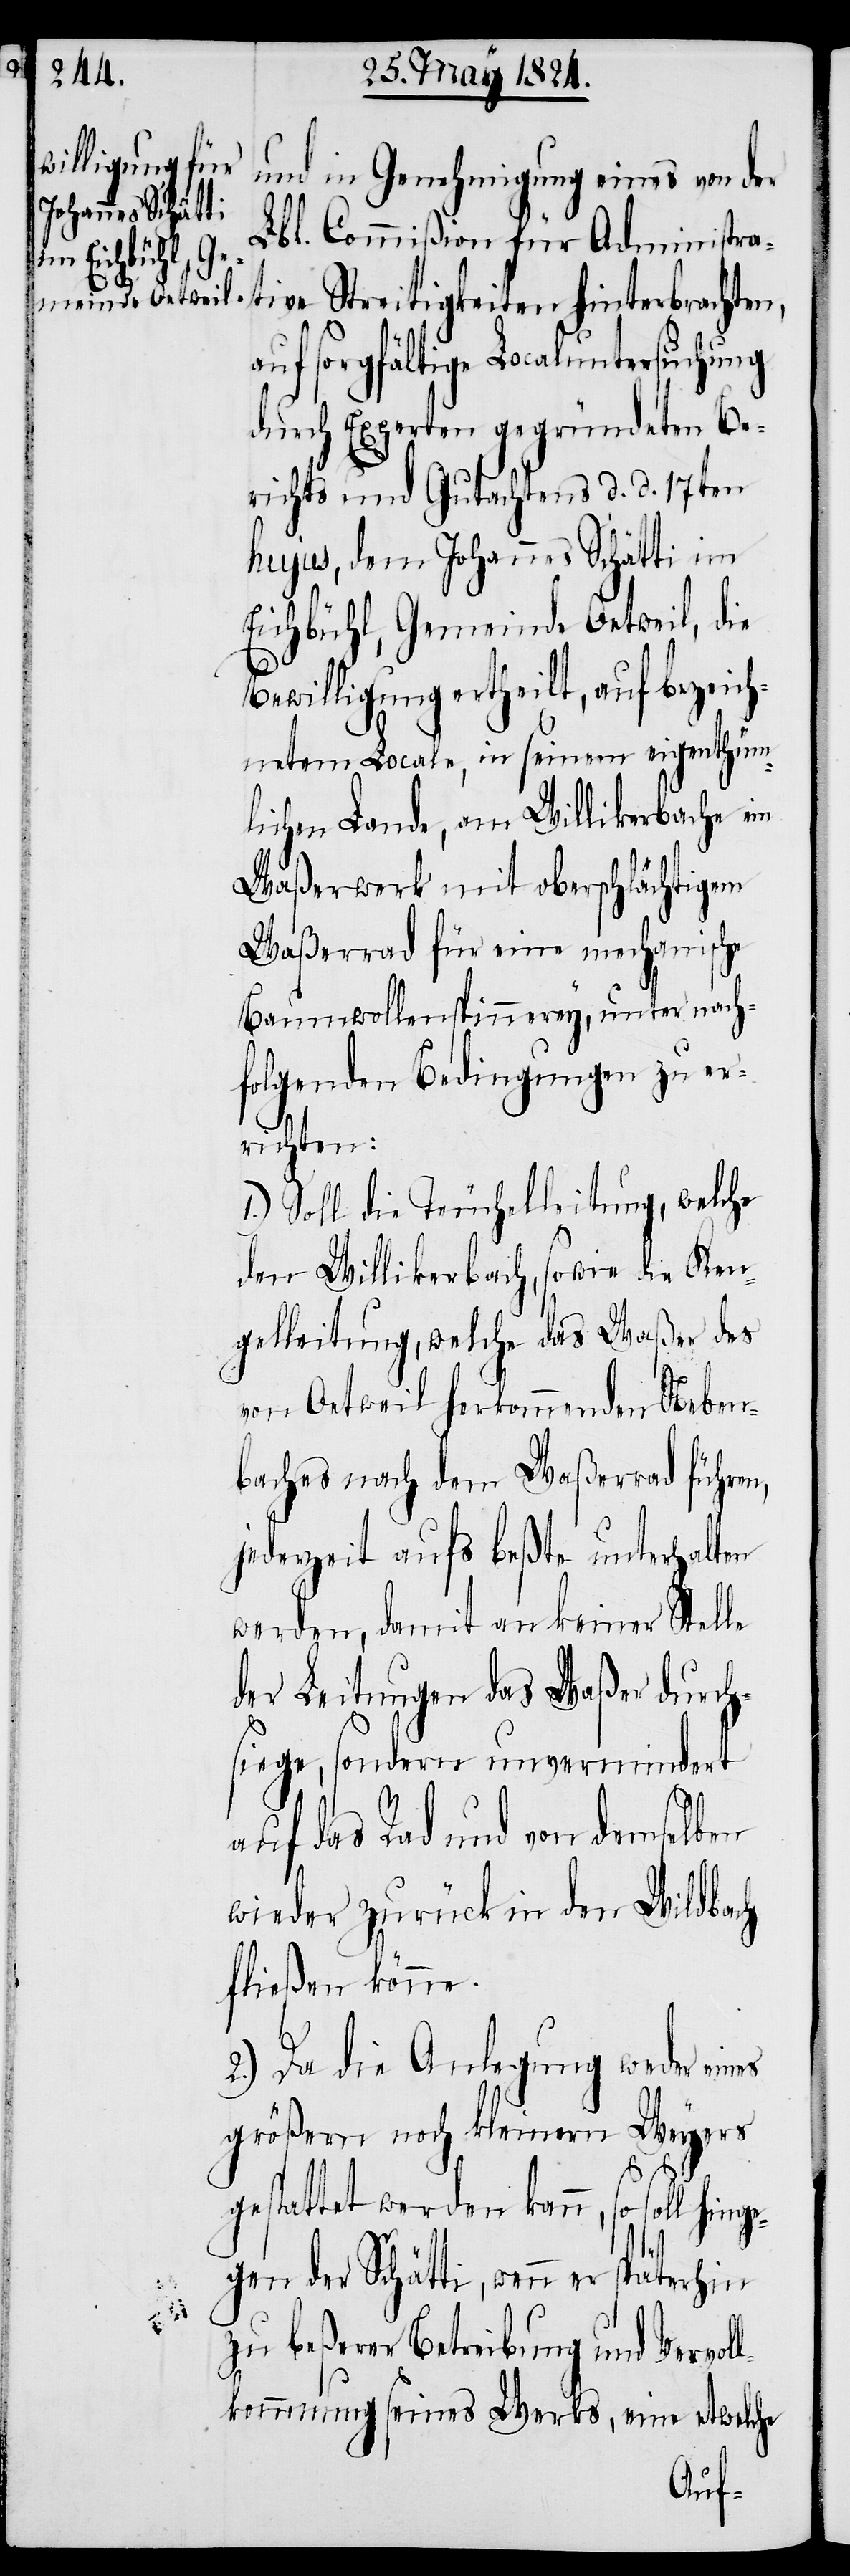
und in Genehmigung eines von der
Lbl. Commißion für Administra¬
tive Streitigkeiten hinterbrachten,
auf sorgfältige Localuntersuchung
durch Experten gegründeten Be¬
richts und Gutachtens d. d. 17ten
hujus, dem Johannes Schätti im
Eichbühl, Gemeinde Oetweil, die
Bewilligung ertheilt, auf bezeich¬
netem Locale, in seinem eigenthüm¬
lichen Lande, am Willikerbache im
Waßerwerk mit oberschlächtigem
Waßerrad für eine mechanische
Baumwollenspinnerey, unter nach¬
folgenden Bedingungen zu er¬
richten:
1.) Soll die Teuchelleitung, welche
der Willikerbach, sowie die Ken¬
gelleitung, welche das Waßer des
von Oetweil herkommenden Neben¬
baches nach dem Waßerrad führen,
jederzeit aufs beßte unterhalten
werden, damit an keiner Stelle
der Leitungen das Waßer durch¬
siege, sondern unvermindert
auf das Rad und von demselben
wieder zurück in den Wildbach
fließen könne.
2.) Da die Anlegung weder eines
größern noch kleinern Weyers
gestattet werden kann, so soll hing¬
egen der Schätti, wenn er
zu beßerer Betreibung und Vervol¬
lkommnung seines Werks, eine etwelche